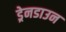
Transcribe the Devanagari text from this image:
ड्रेनडाउन